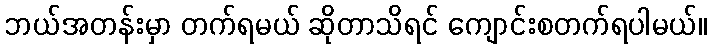
ဘယ်အတန်းမှာ တက်ရမယ် ဆိုတာသိရင် ကျောင်းစတက်ရပါမယ်။